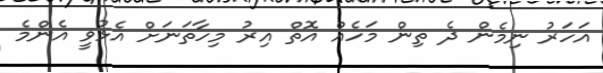
އަހަރު ނިމެން ދެ ތިން މަހެއް އޮތް އިރު މިހާތަނަށް އެޅުވީ އެންމެ